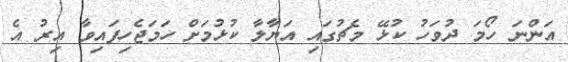
އަންނަ ހޯމަ ދުވަހު ކުޅޭ މެޗުގައި އަޔާލާ ކުޅުމަށް ހަމަޖެހިފައިވާ އިރު އެ